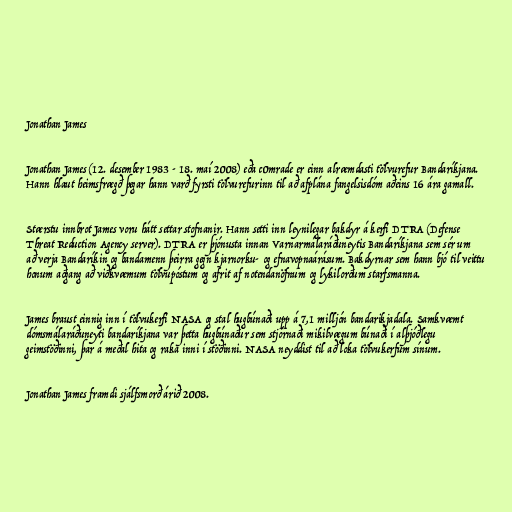
Jonathan James

Jonathan James (12. desember 1983 - 18. maí 2008) eða c0mrade er einn alræmdasti tölvurefur Bandaríkjana.
Hann hlaut heimsfrægð þegar hann varð fyrsti tölvurefurinn til að afplána fangelsisdóm aðeins 16 ára gamall.

Stærstu innbrot James voru hátt settar stofnanir. Hann setti inn leynilegar bakdyr á kerfi DTRA (Defense
Threat Reduction Agency server). DTRA er þjónusta innan Varnarmálaráðuneytis Bandaríkjana sem sér um
að verja Bandaríkin og bandamenn þeirra gegn kjarnorku- og efnavopnaárásum. Bakdyrnar sem hann bjó til veittu
honum aðgang að viðkvæmum tölvupóstum og afrit af notendanöfnum og lykilorðum starfsmanna.

James braust einnig inn í tölvukerfi NASA og stal hugbúnaði upp á 7,1 milljón bandarikjadala. Samkvæmt
dómsmálaráðuneyti bandaríkjana var þetta hugbúnaður sem stjórnaði mikilvægum búnaði í alþjóðlegu
geimstöðinni, þar á meðal hita og raka inni í stöðinni. NASA neyddist til að loka tölvukerfum sínum.

Jonathan James framdi sjálfsmorð árið 2008.